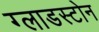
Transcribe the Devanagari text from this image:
ग्लाडस्टोन